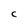
Character: C